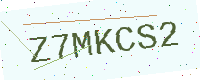
Text: Z7MKCS2